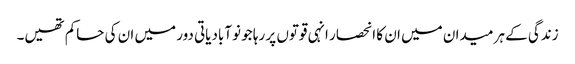
زندگی کے ہر میدان میں ان کا انحصار انہی قوتوں پر رہا جو نوآبادیاتی دور میں ان کی حاکم تھیں۔